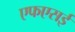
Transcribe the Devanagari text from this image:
एफएसई